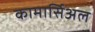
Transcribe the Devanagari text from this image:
कामार्सिअल